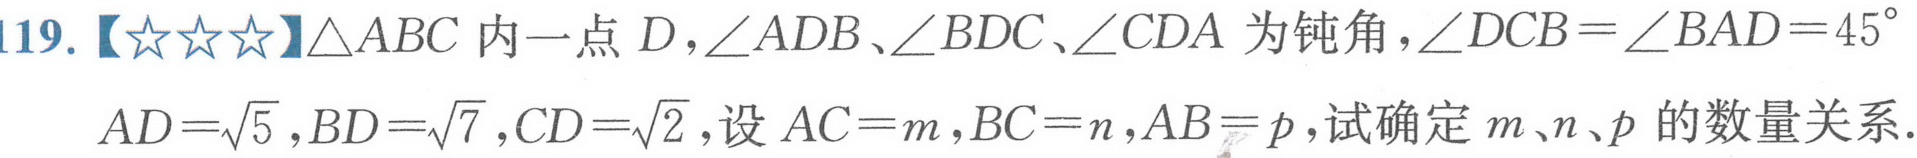
119.【★★★】\(\triangle ABC\)内一点\(D\)，\(\angle ADB\)、\(\angle BDC\)、\(\angle CDA\)为钝角，\(\angle DCB=\angle BAD = 45^{\circ}\)，\(AD = \sqrt{5}\)，\(BD=\sqrt{7}\)，\(CD=\sqrt{2}\)，设\(AC = m\)，\(BC = n\)，\(AB = p\)，试确定\(m、n、p\)的数量关系.